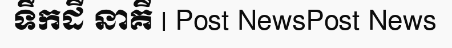
ទឹកដី នាគី | Post NewsPost News